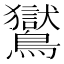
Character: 鸑